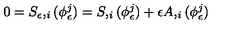
0 = S _ { \epsilon } , _ { i } ( \phi _ { \epsilon } ^ { j } ) = S , _ { i } ( \phi _ { \epsilon } ^ { j } ) + \epsilon A , _ { i } ( \phi _ { \epsilon } ^ { j } )